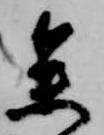
参